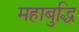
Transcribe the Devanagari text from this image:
महाबुद्धि